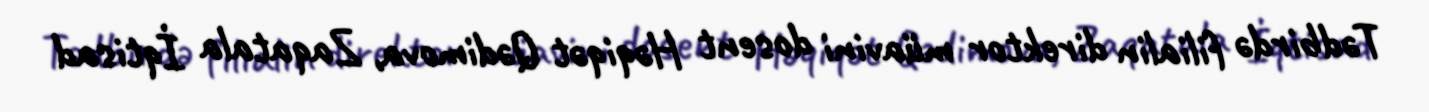
Tədbirdə filialin direktor müavini dosent Həqiqət Qədimova, Zaqatala İqtisad